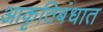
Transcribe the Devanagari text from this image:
आकृतिबंधात